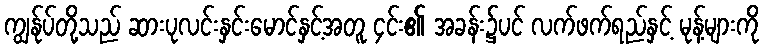
ကျွန်ုပ်တို့သည် ဆားပုလင်းနှင်းမောင်နှင့်အတူ ၄င်း၏ အခန်း၌ပင် လက်ဖက်ရည်နှင့် မုန့်များကို